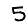
Digit: 5